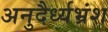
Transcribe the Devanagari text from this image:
अनुदैर्ध्यभ्रंश